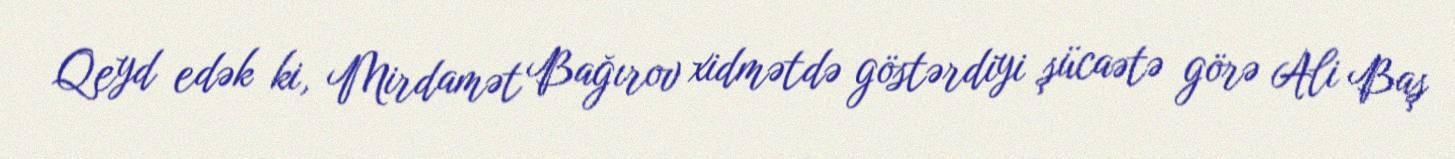
Qeyd edək ki, Mirdamət Bağırov xidmətdə göstərdiyi şücaətə görə Ali Baş